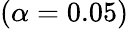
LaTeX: (\alpha=0.05)